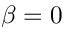
\beta = 0